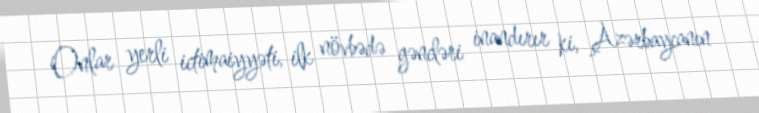
Onlar yerli ictimaiyyəti, ilk növbədə gəncləri inandırır ki, Azərbaycanın